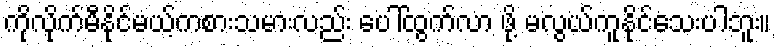
ကိုလိုက်မီနိုင်မယ့်ကစားသမားလည်း ပေါ်ထွက်လာ ဖို့ မလွယ်ကူနိုင်သေးပါဘူး။